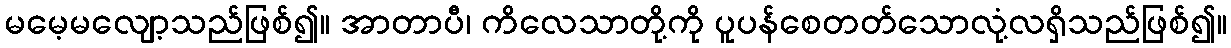
မမေ့မလျော့သည်ဖြစ်၍။ အာတာပီ၊ ကိလေသာတို့ကို ပူပန်စေတတ်သောလုံ့လရှိသည်ဖြစ်၍။